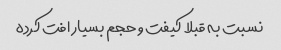
نسبت به قبلا کیفت و حجم بسیار افت کرده